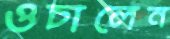
ওচালেন